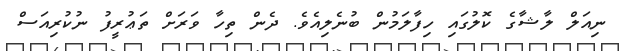
ނިއަލް ލާޝާގެ ކޮލުގައި ހިފާލަމުން ބުނެލިއެވެ. ދެން ތިހާ ވަރަށް ތަޢުރީފު ނުކުރިއަސް